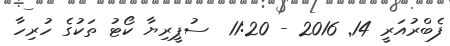
ފެބްރުއަރީ 14